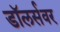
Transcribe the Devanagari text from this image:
डॉलर्सवर